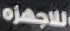
للاجهزة